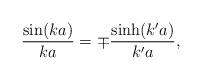
LaTeX: \begin{align*}\frac{\sin(ka)}{ka}=\mp \frac{\sinh(k'a)}{k'a},\end{align*}